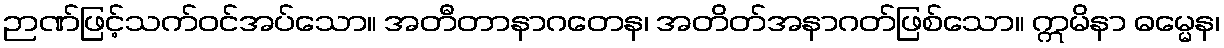
ဉာဏ်ဖြင့်သက်ဝင်အပ်သော။ အတီတာနာဂတေန၊ အတိတ်အနာဂတ်ဖြစ်သော။ ဣမိနာ ဓမ္မေန၊